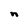
Character: n